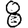
Digit: 8